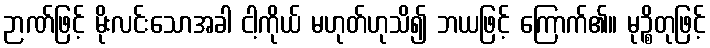
ဉာဏ်ဖြင့် မိုးလင်းသောအခါ ငါ့ကိုယ် မဟုတ်ဟုသိ၍ ဘယဖြင့် ကြောက်၏။ မုဉ္စိတုဖြင့်